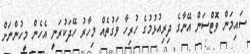
ސައިމަން ވޮޓްސަން އޭނާގެ ދިރިއުޅުމުގެ ހުރިހާ ވަގުތެއް މިހާރު ހޭދަކުރަނީ އެހެން މީހުންނަށް